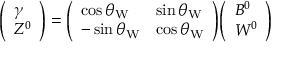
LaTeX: { \left( \begin{array} { l } { \gamma } \\ { Z ^ { 0 } } \end{array} \right) } = { \left( \begin{array} { l l } { \cos \theta _ { \mathrm { W } } } & { \sin \theta _ { \mathrm { W } } } \\ { - \sin \theta _ { \mathrm { W } } } & { \cos \theta _ { \mathrm { W } } } \end{array} \right) } { \left( \begin{array} { l } { B ^ { 0 } } \\ { W ^ { 0 } } \end{array} \right) }